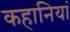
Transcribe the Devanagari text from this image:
कहानियां